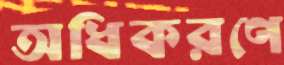
অধিকরণে